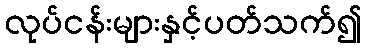
လုပ်ငန်းများနှင့်ပတ်သက်၍